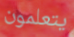
يتعلمون